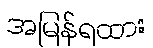
အမြန်ရထား